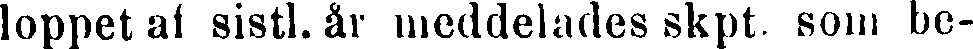
loppet af sistl. år meddelades skpt. som be-